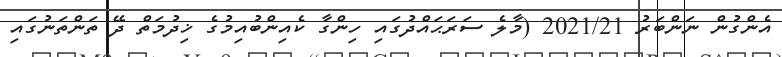
އެންގުން ނަންބަރު 2021/21 (މާލެ ސަރަޙައްދުގައި ހިންގާ ކެއިންބުއިމުގެ ޚިދުމަތް ދޭ ތަންތަނުގައި